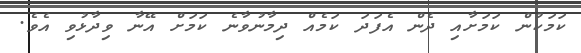
ކަމަކުން ކަމަށާއި ދެން އެފަދަ ކަމެއް ދިމާނުވާނެ ކަމަށް އޭނާ ވިދާޅުވި އެވެ.